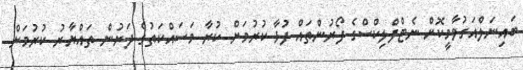
ބައިނަލްއަގުވާމީކޮށް ނެޓްފްލިކްސްގެ ފޯރުންތައް ފުޅާ ކުރުމަށް ކުރާ މަސައްކަތުގެ ދަށުން ތައްޔާރު ކުރުމަށް